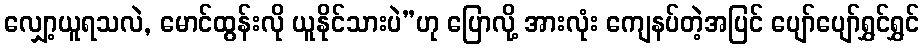
လျှော့ယူရသလဲ, မောင်ထွန်းလို ယူနိုင်သားပဲ”ဟု ပြောလို့ အားလုံး ကျေနပ်တဲ့အပြင် ပျော်ပျော်ရွှင်ရွှင်